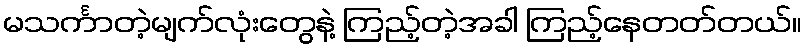
မသင်္ကာတဲ့မျက်လုံးတွေနဲ့ ကြည့်တဲ့အခါ ကြည့်နေတတ်တယ်။